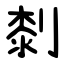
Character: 㓼